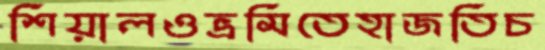
শিয়ালওভ্রমিতেহাজতিচ